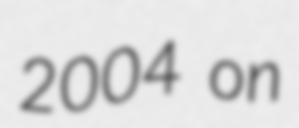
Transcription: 2004 on